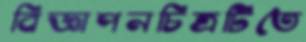
বিজ্ঞাপনচিত্রটিতে